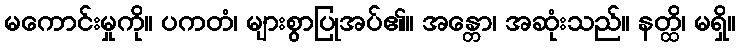
မကောင်းမှုကို။ ပကတံ၊ များစွာပြုအပ်၏။ အန္တော၊ အဆုံးသည်။ နတ္ထိ၊ မရှိ။